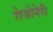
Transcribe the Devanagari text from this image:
रोजोनेरी